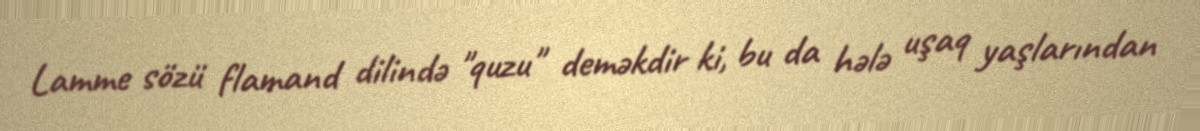
Lamme sözü flamand dilində "quzu" deməkdir ki, bu da hələ uşaq yaşlarından